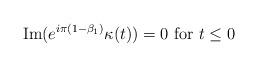
LaTeX: \begin{align*}{\rm Im}( e^{i\pi (1-\beta_1)} \kappa(t))= 0 {\rm\ for\ } t\le 0\end{align*}